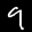
Label: 9